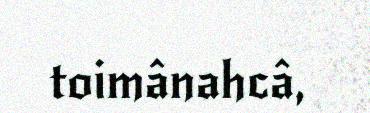
toimânahcâ,